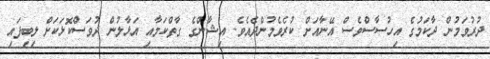
ދުރުވަމުން ދާކަމުގެ އިހުސާސްވެސް އޭނާއަށް ކުރެވެމުންދެއެވެ. އިޝާންގެ ގާތްކަމާއި އަޅާލުން ދުވަސްކޮޅަކަށް ލިބިފައި